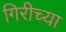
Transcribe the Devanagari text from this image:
गिरीच्या